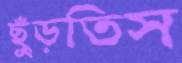
ছুঁড়তিস